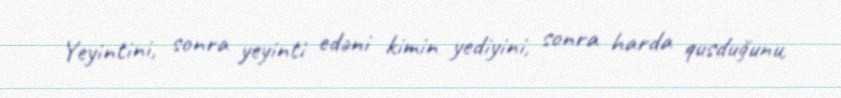
Yeyintini, sonra yeyinti edəni kimin yediyini, sonra harda qusduğunu,